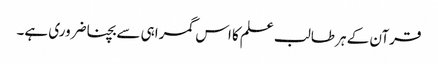
قرآن کے ہر طالب علم کا اس گمراہی سے بچنا ضروری ہے۔